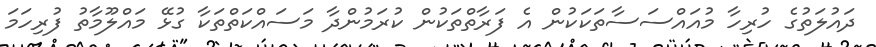
ދައުލަތުގެ ހުރިހާ މުއައްސަސާތަކަކުން އެ ފަރާތްތަކުން ކުރަމުންދާ މަސައްކަތްތަކާ ގުޅޭ މައްލޫމާތުު ފުރިހަމަ